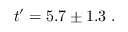
t ^ { \prime } = 5 . 7 \pm 1 . 3 \; .